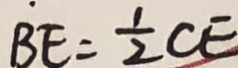
B E = \frac { 1 } { 2 } C E